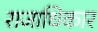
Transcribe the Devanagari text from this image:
राजाधिकार